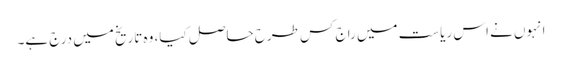
انہوں نے اس ریاست میں راج کس طرح حاصل کیا، وہ تاریخ میں درج ہے۔